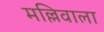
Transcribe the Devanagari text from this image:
मल्लिवाला